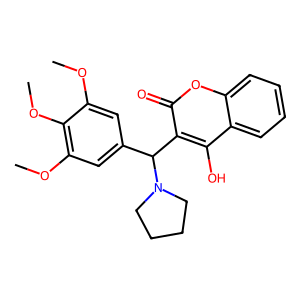
SMILES: COc1cc(C(c2c(O)c3ccccc3oc2=O)N2CCCC2)cc(OC)c1OC
Inhibits HIV replication: No